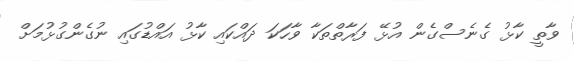
ވާތީ ކާޅު ގެނެސްގެން އުޅޭ ފަރާތްތަކާ ވާހަކަ ދައްކައި ކާޅު އައްޑުގައި ނުގެންގުޅުމަށް